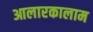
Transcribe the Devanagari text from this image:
आलारकालाम